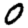
Digit: 0